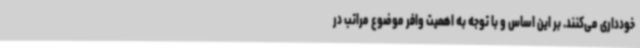
خودداری می‌کنند. بر این اساس و با توجه به اهمیت وافر موضوع مراتب در